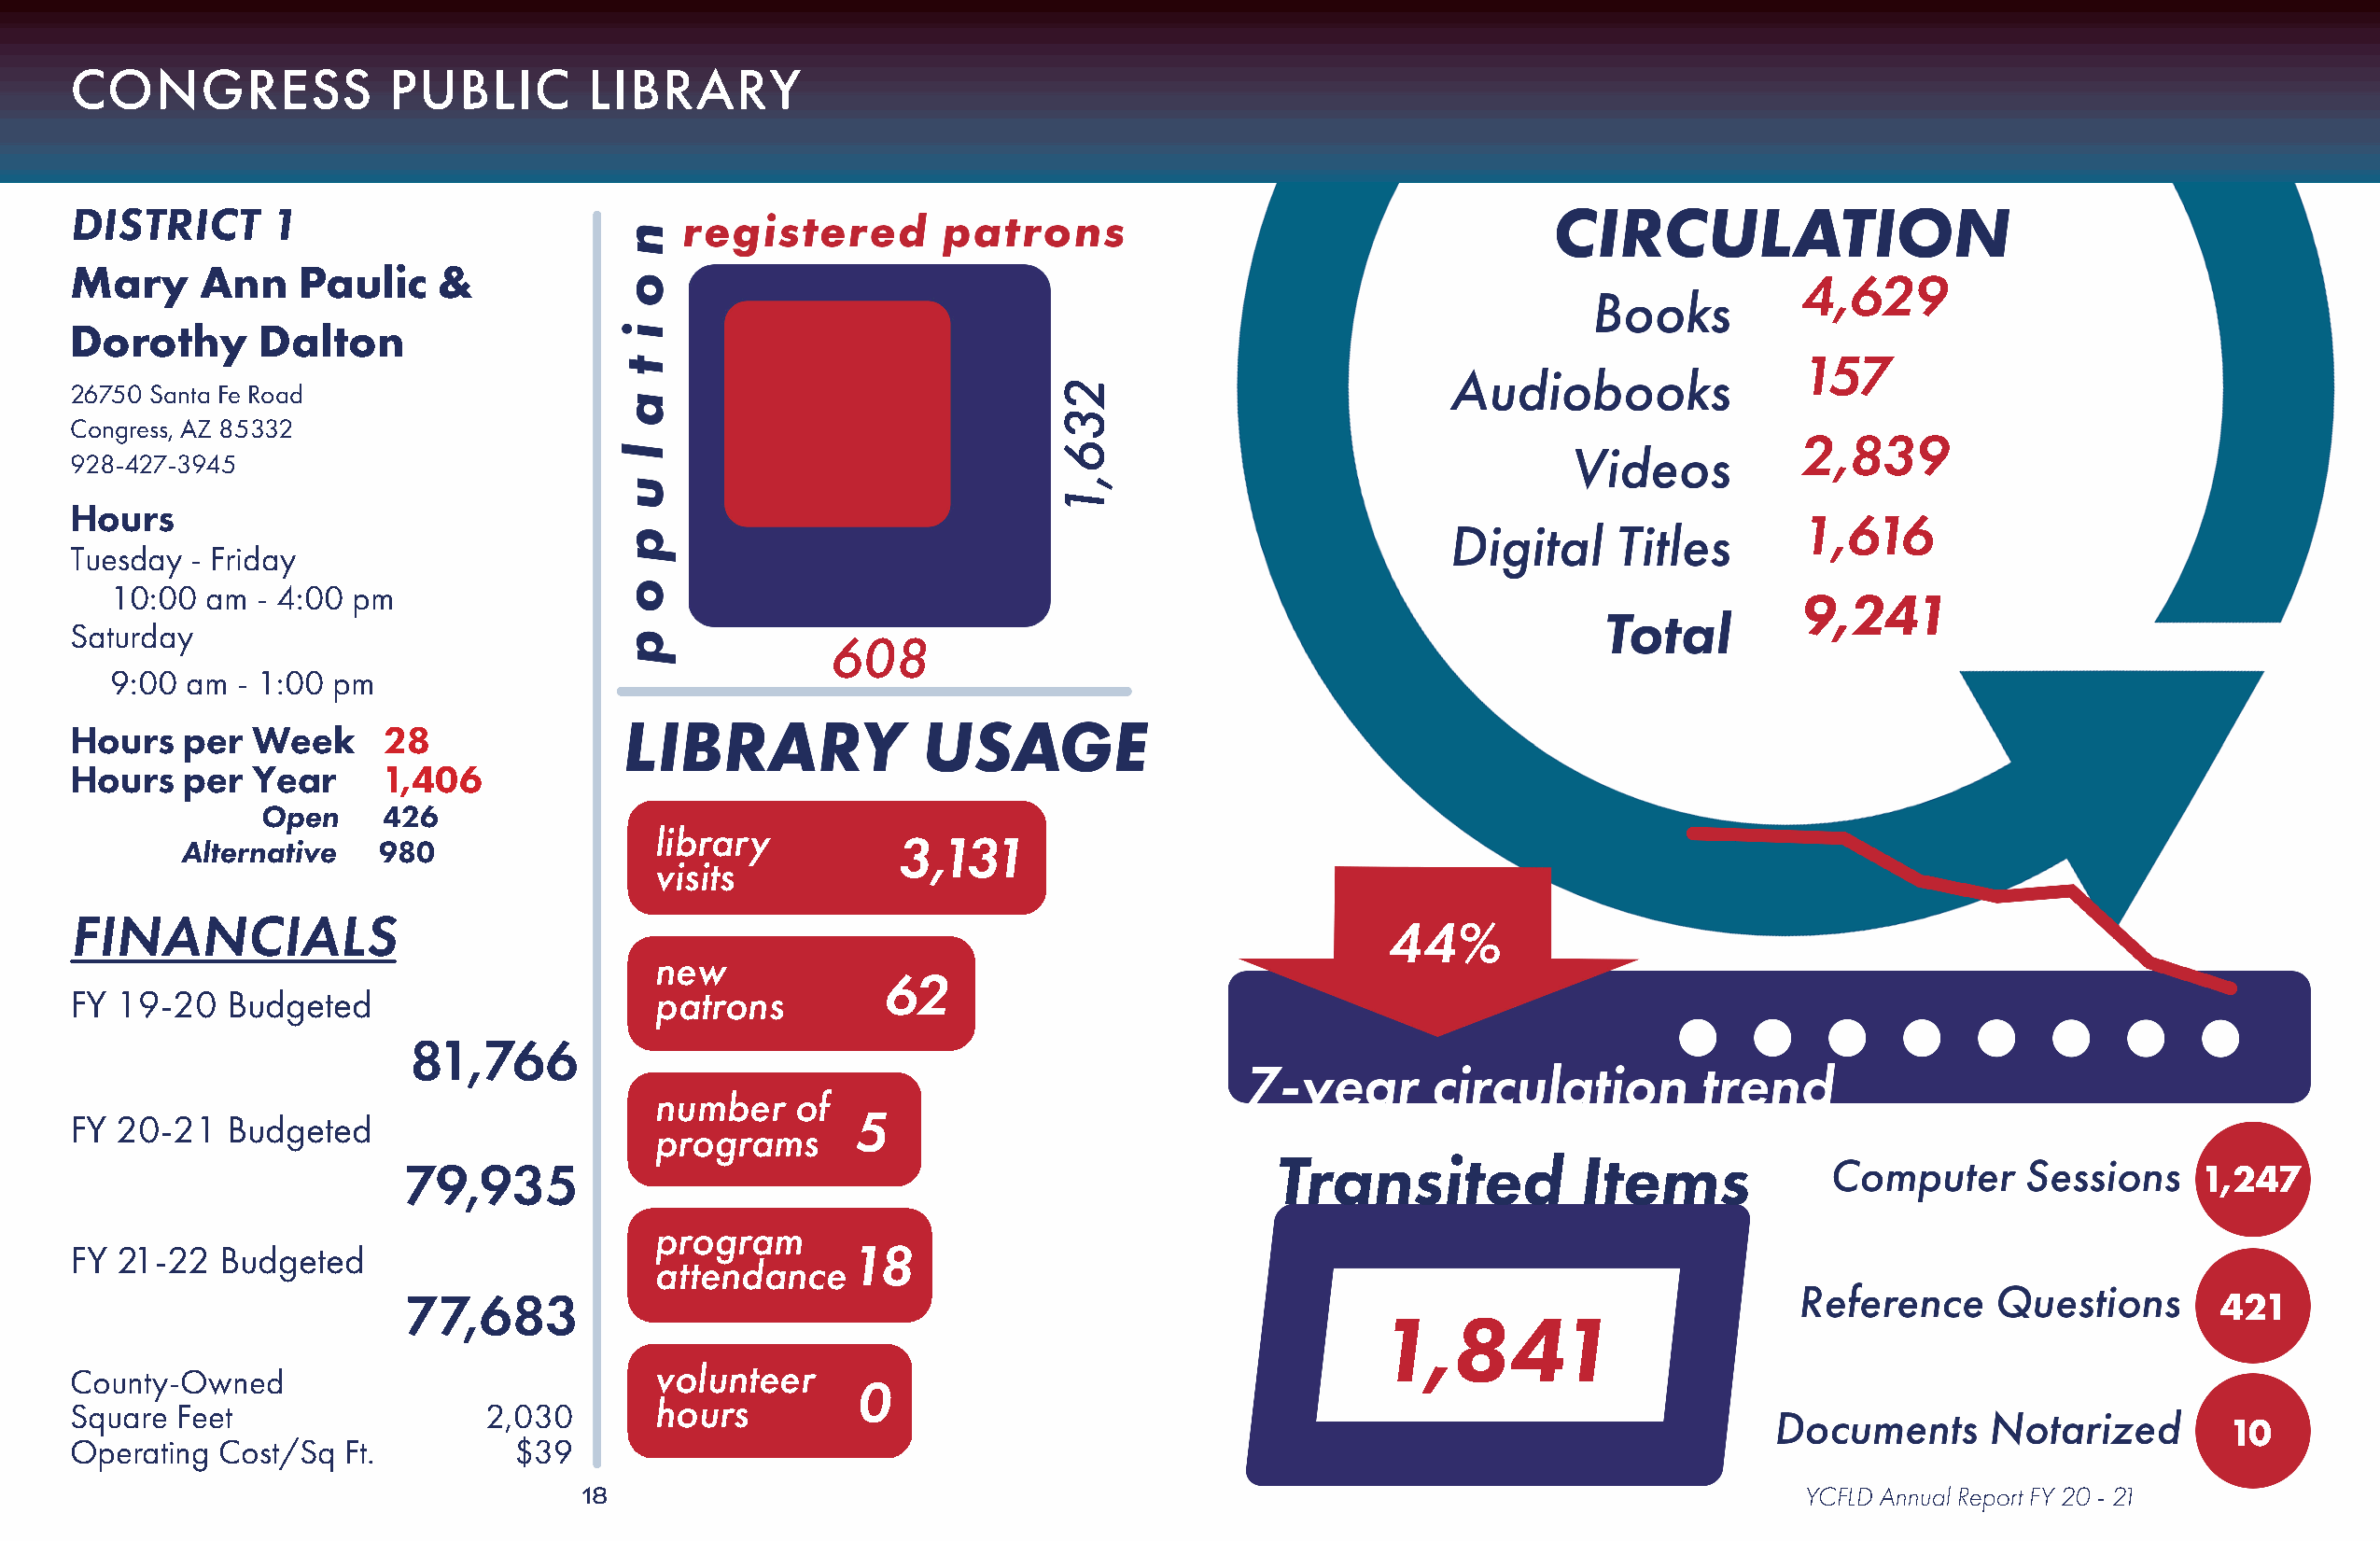
CONGRESS               PUBLIC        LIBRARY
 DISTRICT      1
 Mary     Ann    Paulic    &
 4,629
 Dorothy      Dalton
 157
 26750 Santa Fe Road
 Congress, AZ 85332
 2,839
 928-427-3945
 Hours
 1,616
 Tuesday  - Friday
 10:00  am - 4:00 pm
 9,241
 Saturday
 608
 9:00 am  - 1:00 pm
 Hours   per  Week     28
 Hours   per  Year     1,406
 Open     426
 library
 Alternative   980                                  3,131
 visits
 FINANCIALS
 44%
 new
 62
 FY 19-20   Budgeted                      patrons
 81,766
 number    of
 FY 20-21   Budgeted                                     5
 programs
 Transited             Items
 79,935                                                                                                                         1,247
 program
 FY 21-22   Budgeted                                    18
 attendance
 77,683                                                                                                                           421
 1,841
 County-Owned                             volunteer
 0
 Square  Feet                 2,030       hours
 10
 Operating  Cost/Sq Ft.         $39
 18                                                                                     YCFLD Annual Report FY 20 - 21
 236,1